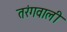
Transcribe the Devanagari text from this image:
तरंगवाली